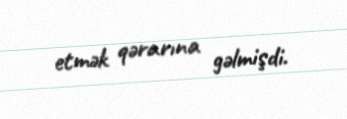
etmək qərarına gəlmişdi.